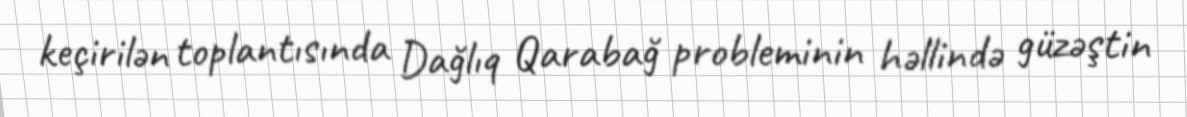
keçirilən toplantısında Dağlıq Qarabağ probleminin həllində güzəştin